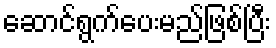
ဆောင်ရွက်ပေးမည်ဖြစ်ပြီး